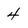
Character: 4